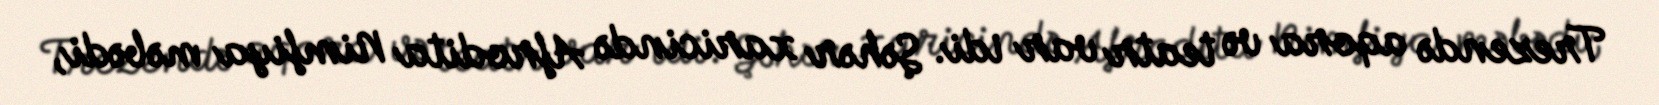
Trezendə aqora və teatr var idi. Şəhər xaricində Afrodita Nimfiya məbədi,